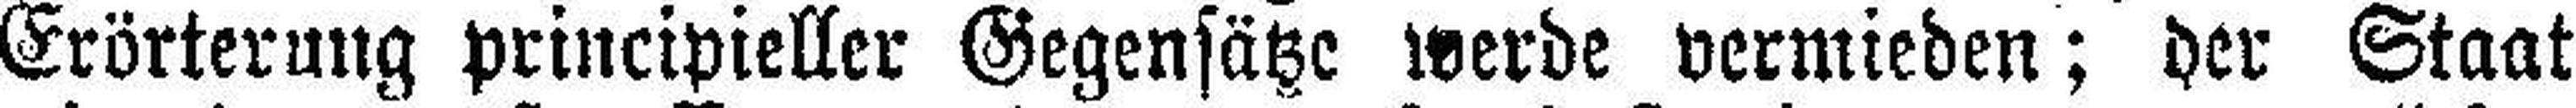
Erörterung principieller Gegensätze werde vermieden; der Staat